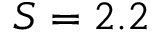
S = 2 . 2